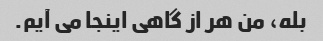
بله، من هر از گاهی اینجا می آیم.